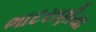
ભાદરાણીયા